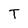
Character: T